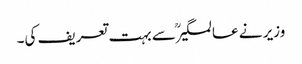
وزیر نے عالمگیرؒ سے بہت تعریف کی۔